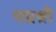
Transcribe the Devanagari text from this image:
पप्रश्री